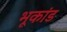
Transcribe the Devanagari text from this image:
भूकांड